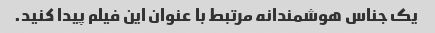
یک جناس هوشمندانه مرتبط با عنوان این فیلم پیدا کنید.